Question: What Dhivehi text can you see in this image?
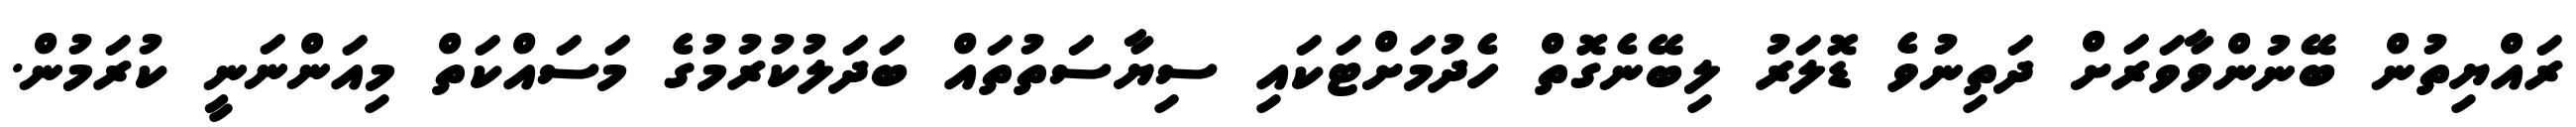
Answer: ރައްޔިތުން ބޭނުންވާވަރަށް ދަތިނުވެ ޑޮލަރު ލިބޭނެގޮތް ހެދުމަށްޓަކައި ސިޔާސަތުތައް ބަދަލުކުރުމުގެ މަސައްކަތް މިއަންނަނީ ކުރަމުން.